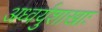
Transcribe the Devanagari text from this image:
अध्वर्युशाखाः